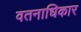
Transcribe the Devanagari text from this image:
वतनाधिकार